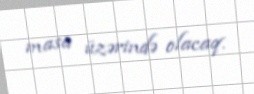
masa üzərində olacaq.